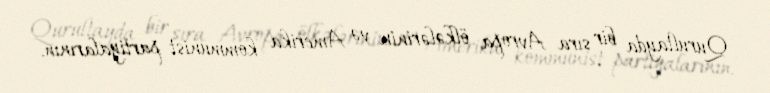
Qurultayda bir sıra Avropa ölkələrinin və Amerika kommunist partiyalarının